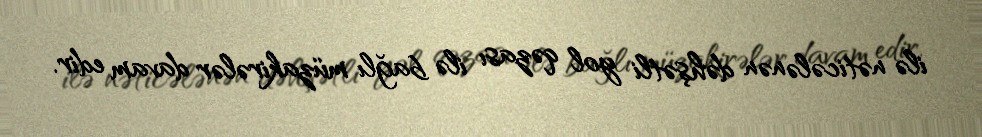
ilə nəticələnən dəhşətli yol qəzası ilə bağlı müzakirələr davam edir.